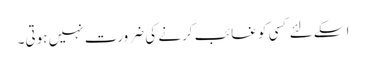
اسکے لئے کسی کو غائب کرنے کی ضرورت نہیں ہوتی۔